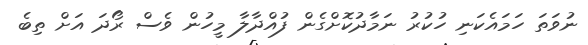
ނުވަތަ ހަމައެކަނި ހުކުރު ނަމާދުކޮށްގެން ފުއްދާލާ މީހުން ވެސް ރޯދަ އަށް ތިބެ